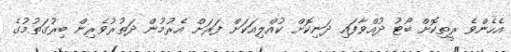
އެހެންވެ ރީތިކޮށް ބޯޓު ދުއްވާފައި ދަނިކޮށް ކުއްލިއަކަށް ފަރަށް އެރުމުން ދަތުރުވެރިން ބިރުގަތުމުގެ